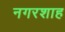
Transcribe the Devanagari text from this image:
नगरशाह